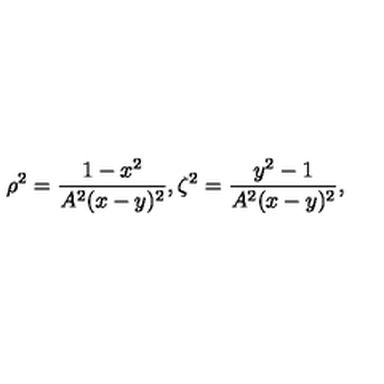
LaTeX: \rho ^ { 2 } = \frac { 1 - x ^ { 2 } } { A ^ { 2 } ( x - y ) ^ { 2 } } , \zeta ^ { 2 } = \frac { y ^ { 2 } - 1 } { A ^ { 2 } ( x - y ) ^ { 2 } } ,